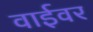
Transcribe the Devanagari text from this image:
वाईवर